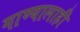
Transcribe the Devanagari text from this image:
गाण्यालाही